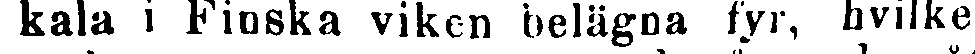
kala i Finska viken belägna fyr, hvilke